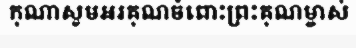
កុណាសូមអរគុណចំពោះព្រះគុណម្ចាស់